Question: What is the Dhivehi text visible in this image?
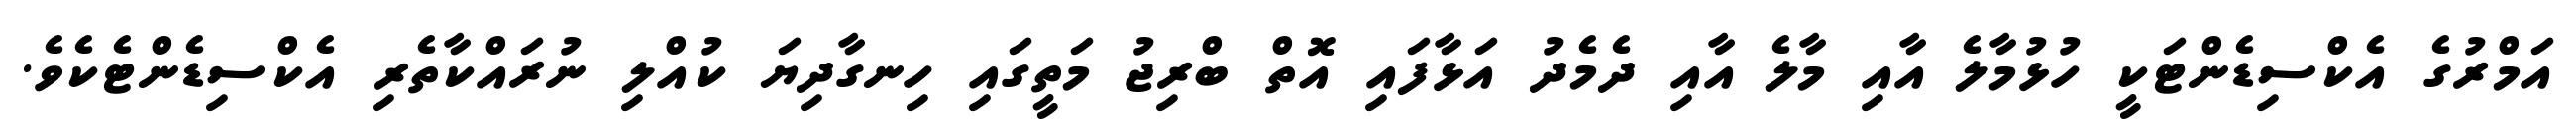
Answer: އަމްރުގެ އެކްސިޑެންޓަކީ ހުޅުމާލެ އާއި މާލެ އާއި ދެމެދު އަޅާފައި އޮތް ބްރިޖު މަތީގައި ހިނގާދިޔަ ކުއްލި ނުރައްކާތެރި އެކްސިޑެންޓެކެވެ.